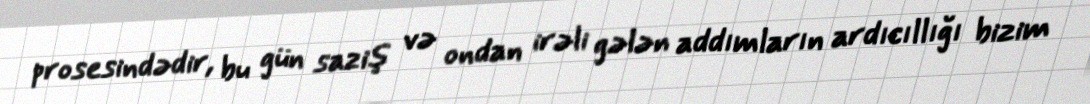
prosesindədir, bu gün saziş və ondan irəli gələn addımların ardıcıllığı bizim